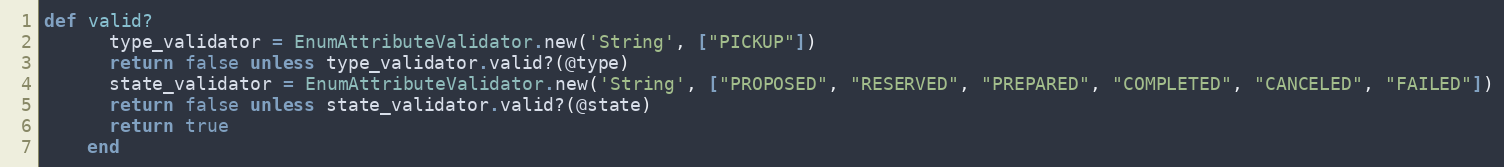
Language: Ruby
def valid?
      type_validator = EnumAttributeValidator.new('String', ["PICKUP"])
      return false unless type_validator.valid?(@type)
      state_validator = EnumAttributeValidator.new('String', ["PROPOSED", "RESERVED", "PREPARED", "COMPLETED", "CANCELED", "FAILED"])
      return false unless state_validator.valid?(@state)
      return true
    end